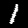
Label: 1